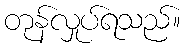
တုန်လှုပ်ရသည်။